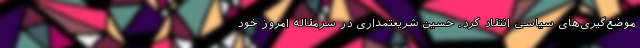
موضع‌گیری‌های سیاسی انتقاد کرد. حسین شریعتمداری در سرمقاله امروز خود